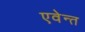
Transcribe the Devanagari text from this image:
एवेन्त